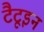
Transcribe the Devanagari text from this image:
टैटूइन